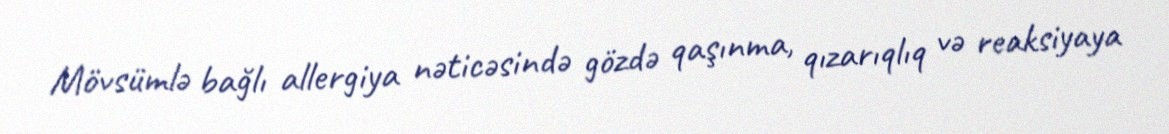
Mövsümlə bağlı allergiya nəticəsində gözdə qaşınma, qızarıqlıq və reaksiyaya